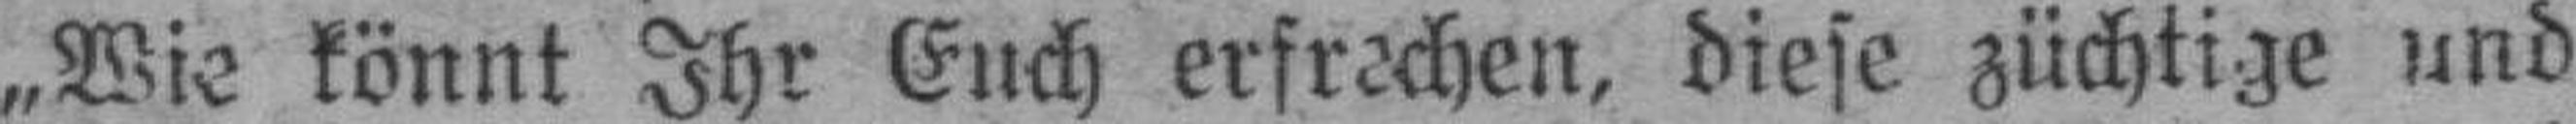
„Wie könnt Ihr Euch erfrechen, diese züchtige und